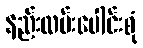
နည်းလမ်းပေါင်းစုံ